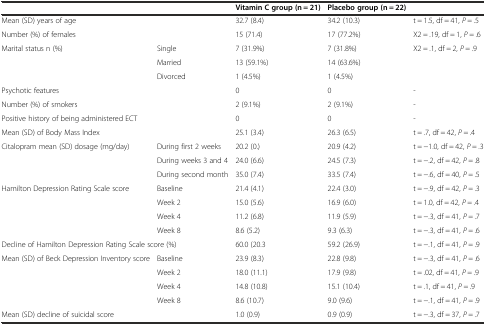
<table><thead><tr><td colspan="2"></td><td><b>Vitamin C group (n = 21)</b></td><td><b>Placebo group (n = 22)</b></td><td></td></tr></thead><tbody><tr><td colspan="2">Mean (SD) years of age</td><td>32.7 (8.4)</td><td>34.2 (10.3)</td><td>t = 1.5, df = 41, <i>P</i> = .5</td></tr><tr><td colspan="2">Number (%) of females</td><td>15 (71.4)</td><td>17 (77.2%)</td><td>X2 = .19, df = 1, <i>P</i> = .6</td></tr><tr><td rowspan="3">Marital status n (%)</td><td>Single</td><td>7 (31.9%)</td><td>7 (31.8%)</td><td rowspan="3">X2 = .1, df = 2, <i>P</i> = .9</td></tr><tr><td>Married</td><td>13 (59.1%)</td><td>14 (63.6%)</td></tr><tr><td>Divorced</td><td>1 (4.5%)</td><td>1 (4.5%)</td></tr><tr><td colspan="2">Psychotic features</td><td>0</td><td>0</td><td>-</td></tr><tr><td colspan="2">Number (%) of smokers</td><td>2 (9.1%)</td><td>2 (9.1%)</td><td>-</td></tr><tr><td colspan="2">Positive history of being administered ECT</td><td>0</td><td>0</td><td>-</td></tr><tr><td colspan="2">Mean (SD) of Body Mass Index</td><td>25.1 (3.4)</td><td>26.3 (6.5)</td><td>t = .7, df = 42, <i>P</i> = .4</td></tr><tr><td rowspan="3">Citalopram mean (SD) dosage (mg/day)</td><td>During first 2 weeks</td><td>20.2 (0.)</td><td>20.9 (4.2)</td><td>t = −1.0, df = 42, <i>P</i> = .3</td></tr><tr><td>During weeks 3 and 4</td><td>24.0 (6.6)</td><td>24.5 (7.3)</td><td>t = −.2, df = 42, <i>P</i> = .8</td></tr><tr><td>During second month</td><td>35.0 (7.4)</td><td>33.5 (7.4)</td><td>t = −.6, df = 40, <i>P</i> = .5</td></tr><tr><td rowspan="4">Hamilton Depression Rating Scale score</td><td>Baseline</td><td>21.4 (4.1)</td><td>22.4 (3.0)</td><td>t = −.9, df = 42, <i>P</i> = .3</td></tr><tr><td>Week 2</td><td>15.0 (5.6)</td><td>16.9 (6.0)</td><td>t = 1.0, df = 42, <i>P</i> = .4</td></tr><tr><td>Week 4</td><td>11.2 (6.8)</td><td>11.9 (5.9)</td><td>t = −.3, df = 41, <i>P</i> = .7</td></tr><tr><td>Week 8</td><td>8.6 (5.2)</td><td>9.3 (6.3)</td><td>t = −.3, df = 41, <i>P</i> = .6</td></tr><tr><td colspan="2">Decline of Hamilton Depression Rating Scale score (%)</td><td>60.0 (20.3</td><td>59.2 (26.9)</td><td>t = −.1, df = 41, <i>P</i> = .9</td></tr><tr><td rowspan="4">Mean (SD) of Beck Depression Inventory score</td><td>Baseline</td><td>23.9 (8.3)</td><td>22.8 (9.8)</td><td>t = −.3, df = 41, <i>P</i> = .6</td></tr><tr><td>Week 2</td><td>18.0 (11.1)</td><td>17.9 (9.8)</td><td>t = .02, df = 41, <i>P</i> = .9</td></tr><tr><td>Week 4</td><td>14.8 (10.8)</td><td>15.1 (10.4)</td><td>t = .1, df = 41, <i>P</i> = .9</td></tr><tr><td>Week 8</td><td>8.6 (10.7)</td><td>9.0 (9.6)</td><td>t = −.1, df = 41, <i>P</i> = .9</td></tr><tr><td colspan="2">Mean (SD) decline of suicidal score</td><td>1.0 (0.9)</td><td>0.9 (0.9)</td><td>t = −.3, df = 37, <i>P</i> = .7</td></tr></tbody></table>